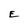
Character: E